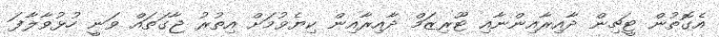
އެގޮތުން ޓީޗިން ދާއިރާއިންނާއި ޓޫރިޒަމް ދާއިރާއިން ކިޔެވުމަށް އިތުރު ޖާގަތައް ވަނީ ހުޅުވާލާފަ